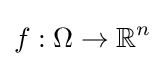
f:\Omega \to \mathbb {R} ^{n}